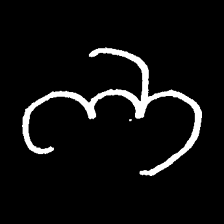
Pyu character \u2014 Myanmar letter: ဘ (romanized: bha)